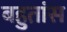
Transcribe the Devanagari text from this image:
बहुतांस